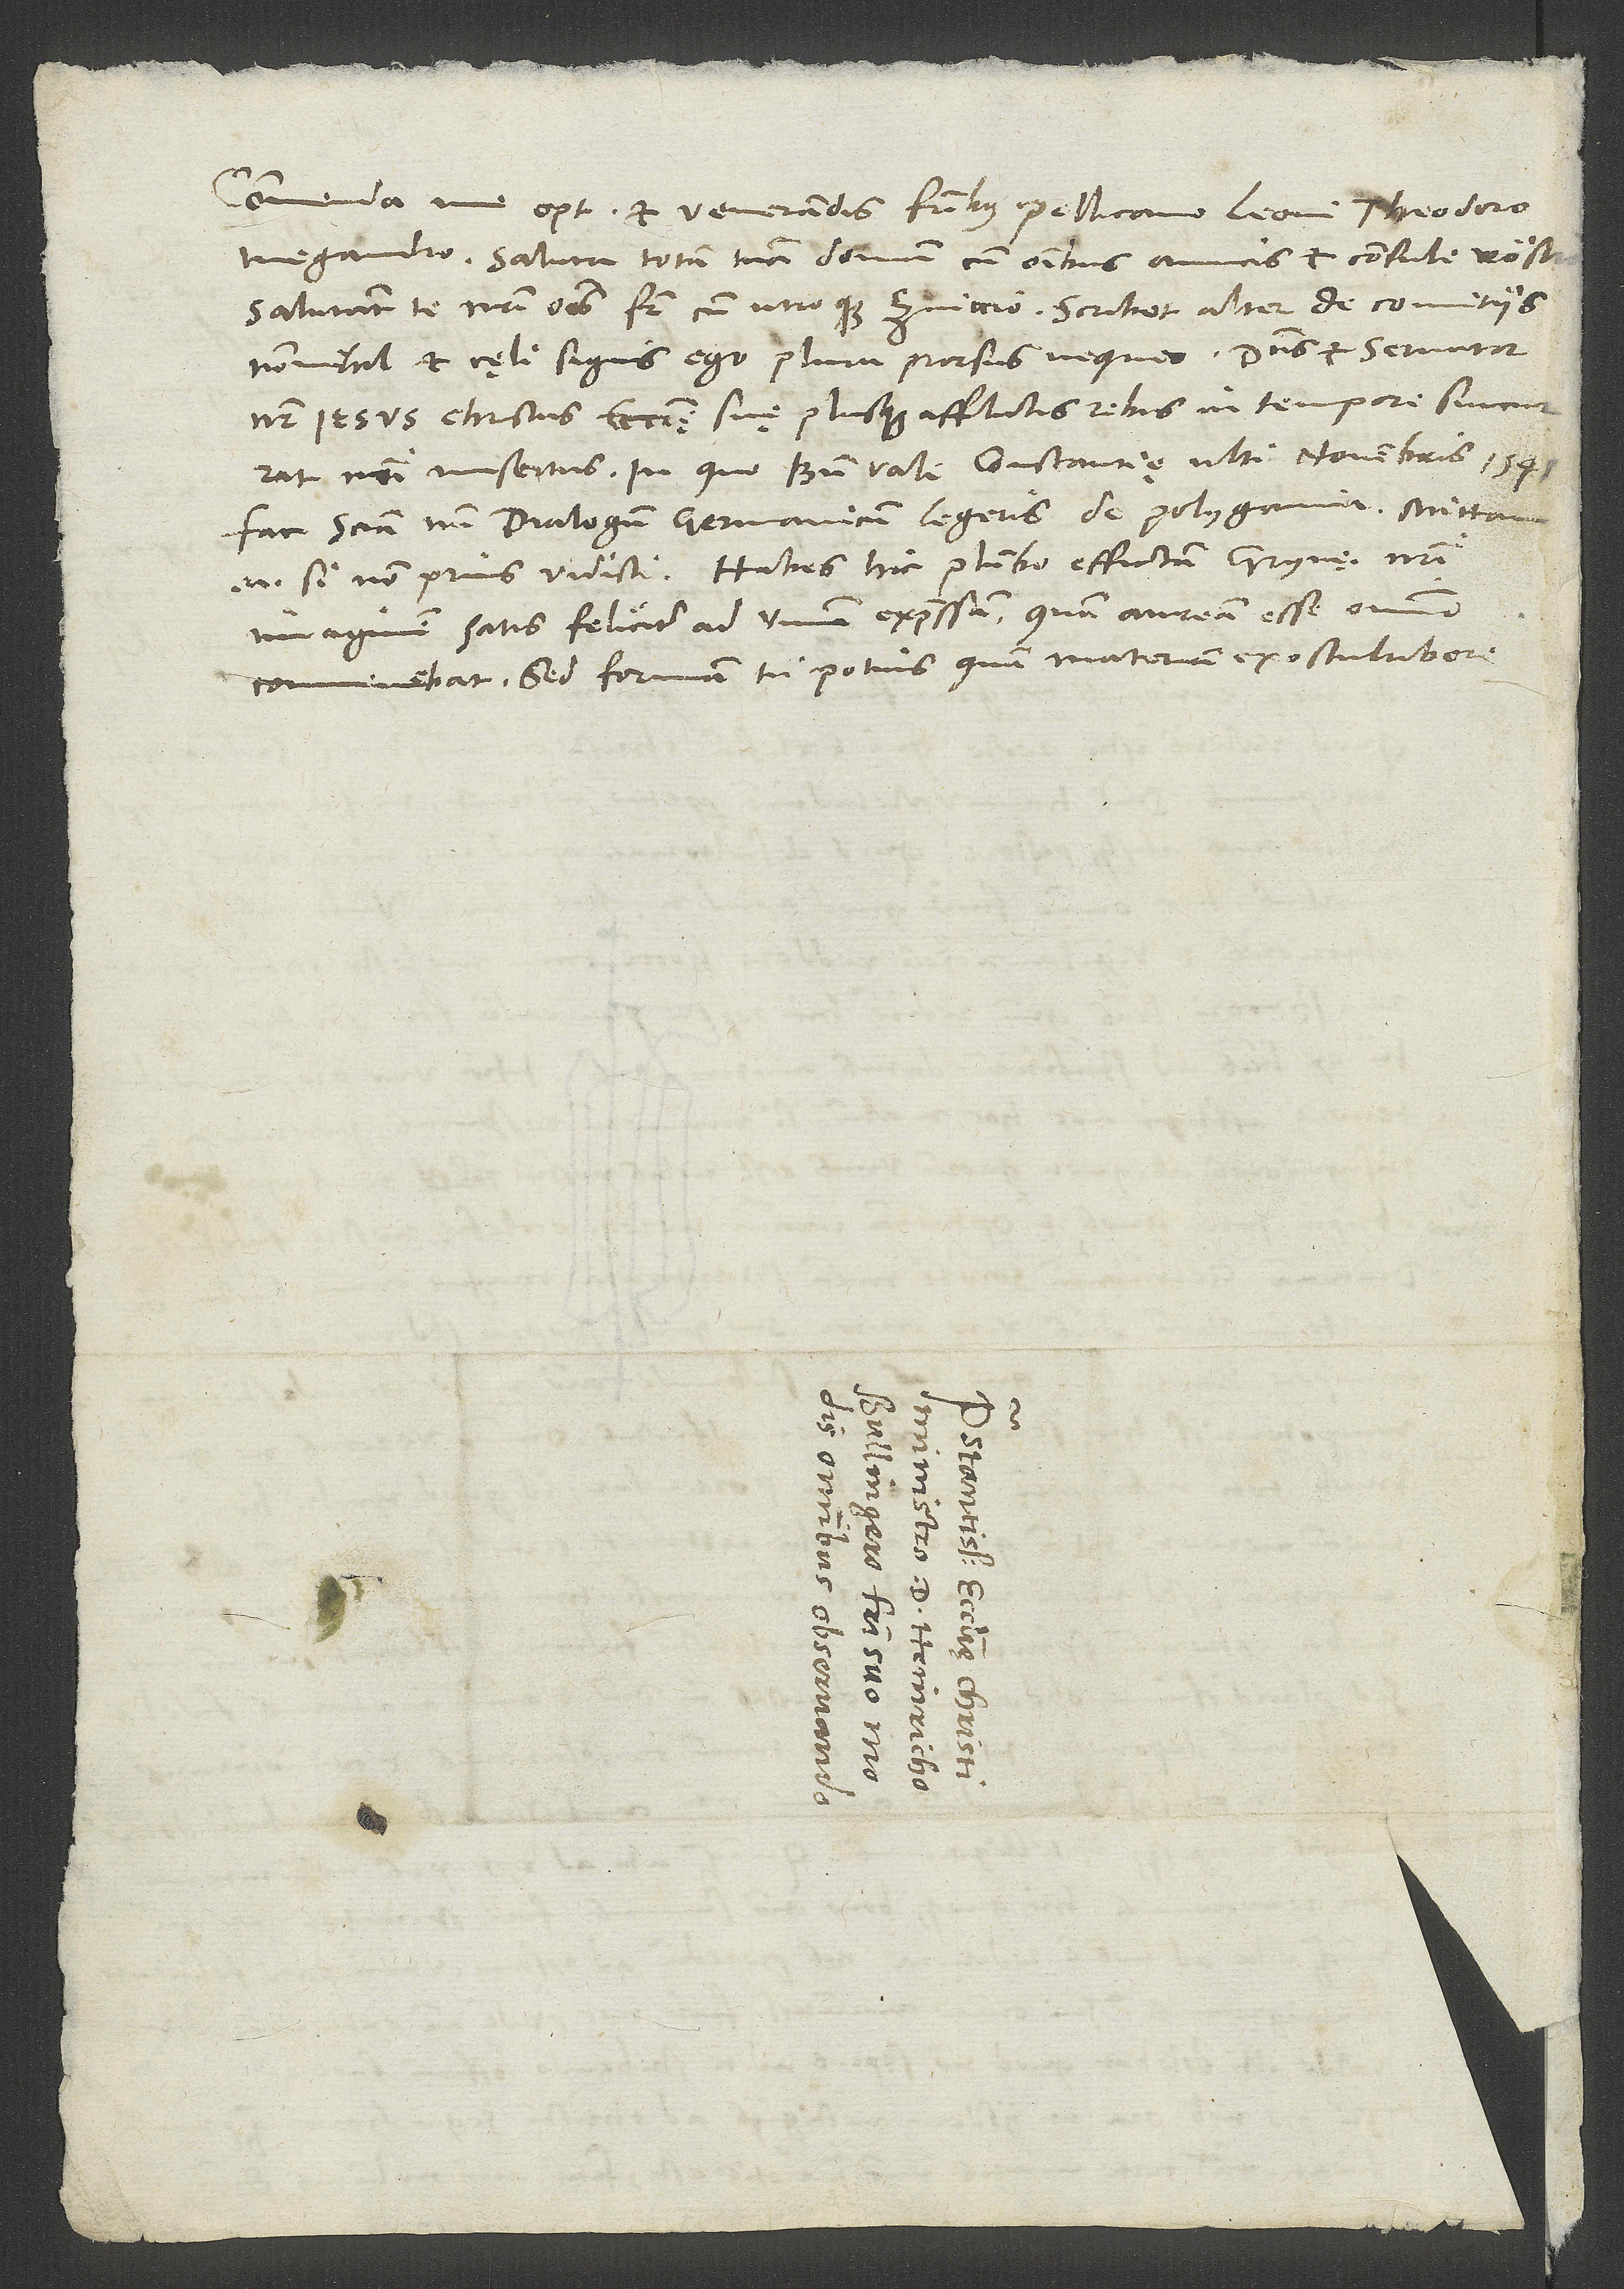
Commenda me optimis et venerandis fratribus Pellicano, Leoni, Theodoro,
Megandro. Saluta totam tuam domum cum omnibus amicis et consuli Rösti.
Salutant te nostri omnes, frater cum utroque Zviccio. Scribit alter de comitiis
nonnihil et cęli signis. Ego plura prorsus nequeo. Dominus et servator
noster Iesus Christus ecclesię suę plusquam afflictis rebus in tempore succurrat
Fac sciam, num dialogum Germanicum legeris de polygamia; mittam
enim, si non prius vidisti. Habes hic plumbo effictam Grynęi nostri
imaginem satis feliciter ad vivum expressam, quam auream esse omnino
conveniebat; sed formam tu potius quam materiam exosculabere.
d.